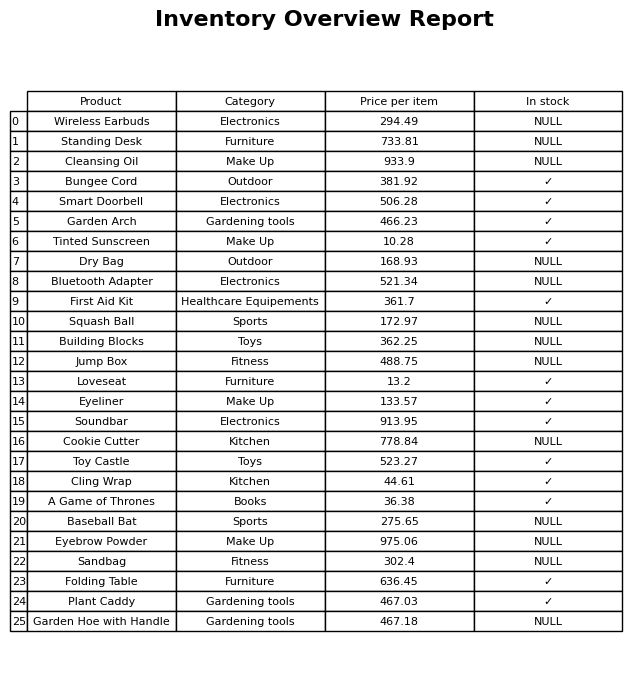
question: What is the price of the Cookie Cutter?
answer: The price of Cookie Cutter is 778.84.